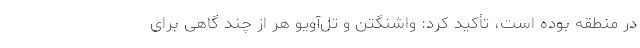
در منطقه بوده است، تأکید کرد: واشنگتن و تل‌آویو هر از چند گاهی برای